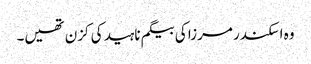
وہ اسکندر مرزا کی بیگم ناہید کی کزن تھیں۔